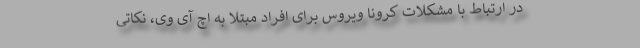
در ارتباط با مشکلات کرونا ویروس برای افراد مبتلا به اچ آی وی، نکاتی